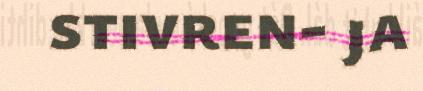
stivren- ja